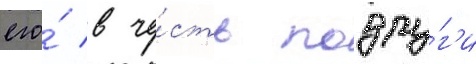
его́ в че́сть подру́г'и